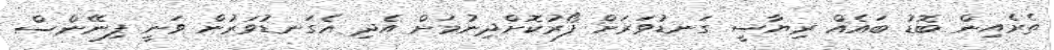
ތެރެއިން ބޮޑު ބައެއް ރިޔާސީ ގަނޑުވަރަށް ފޯރުކޮށްދިނުމަށް އެދި އެގަނޑުވަރުން ވަނީ ފިނޭންސް